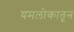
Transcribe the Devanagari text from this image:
यमलोकातून